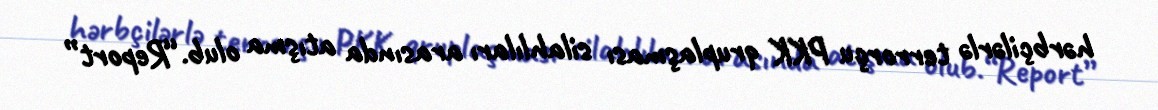
hərbçilərlə terrorçu PKK qruplaşması silahlıları arasında atışma olub.“Report”